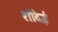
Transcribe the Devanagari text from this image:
शोदेई